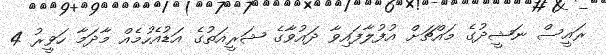
ރައީސް ނަޝީދުގެ މައްޗަށް އުފުލާފައިވާ ދައުވާގެ ޝަރީއަތުގެ އަޑުއެހުމެއް މާދަމާ ހަވީރު 4